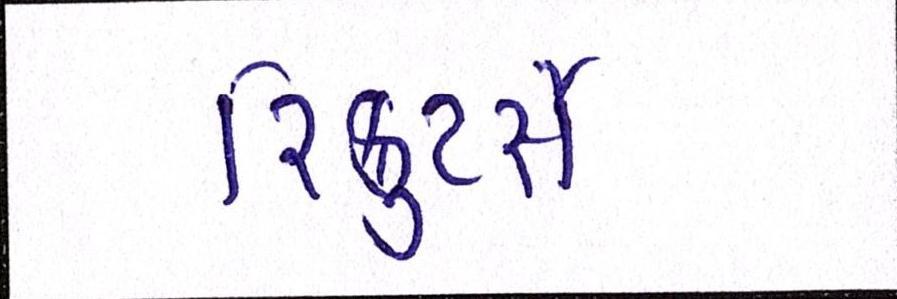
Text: રિક્રુટર્સે